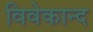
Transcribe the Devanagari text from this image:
विवेकान्‍द